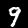
Label: 9